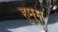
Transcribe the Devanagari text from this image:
हुमुस